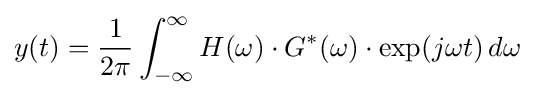
y(t)={\frac {1}{2\pi }}\int _{-\infty }^{\infty }H(\omega )\cdot G^{*}(\omega )\cdot \exp(j\omega t)\,d\omega